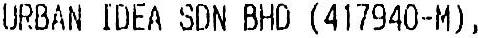
URBAN IDEA SDN BHD (417940-M),